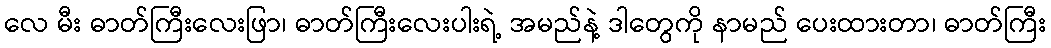
လေ မီး ဓာတ်ကြီးလေးဖြာ၊ ဓာတ်ကြီးလေးပါးရဲ့ အမည်နဲ့ ဒါတွေကို နာမည် ပေးထားတာ၊ ဓာတ်ကြီး